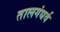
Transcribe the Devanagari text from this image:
तालगंधर्व